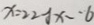
x = 2 2 y x - \cdot 6